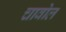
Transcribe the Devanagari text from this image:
चावोल